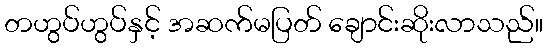
တဟွပ်ဟွပ်နှင့် အဆက်မပြတ် ချောင်းဆိုးလာသည်။